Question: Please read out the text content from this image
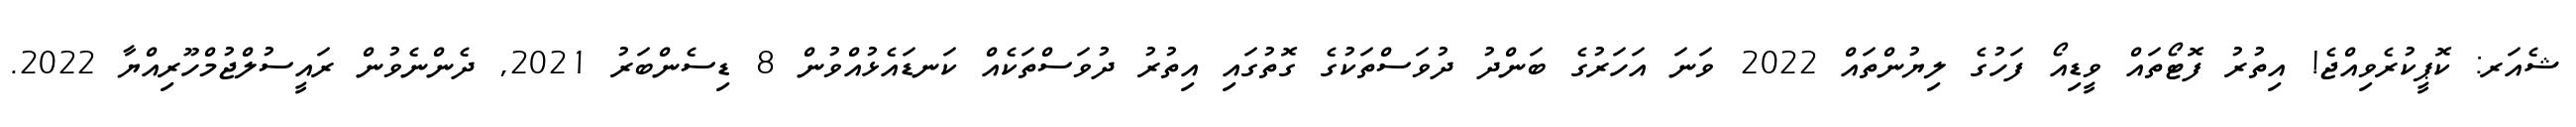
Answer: ޝެއަރ: ކޮޕީކުރެވިއްޖެ! އިތުރު ފޮޓޯތައް ވީޑިއޯ ފަހުގެ ލިޔުންތައް 2022 ވަނަ އަހަރުގެ ބަންދު ދުވަސްތަކުގެ ގޮތުގައި އިތުރު ދުވަސްތަކެއް ކަނޑައެޅުއްވުން 8 ޑިސެންބަރު 2021, ދެންނެވުން ރައީސުލްޖުމްހޫރިއްޔާ 2022.